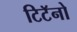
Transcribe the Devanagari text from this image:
टिटॅनो